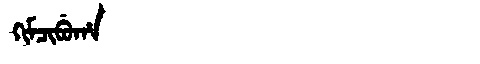
Manchu: ᡴᡳᠮᠴᡳᠪᡠᡥᠠ
Romanization: KIMCIBUHA